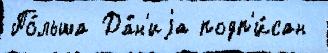
По́льша Да́н'иjа подп'и́сан